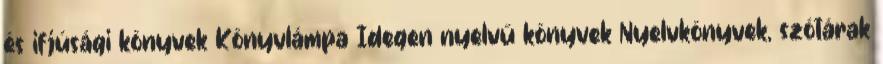
és ifjúsági könyvek Könyvlámpa Idegen nyelvű könyvek Nyelvkönyvek, szótárak